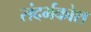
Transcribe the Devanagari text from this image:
संदर्भकोश